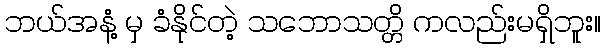
ဘယ်အနံ့ မှ ခံနိုင်တဲ့ သဘောသတ္တိ ကလည်းမရှိဘူး။